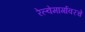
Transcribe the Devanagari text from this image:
रेल्वेमार्गावरचे